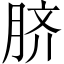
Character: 脐